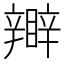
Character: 𥌊